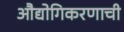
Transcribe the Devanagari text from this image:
औद्योगिकरणाची